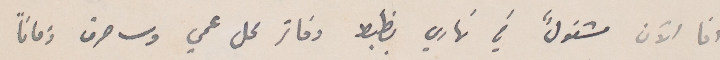
أنا الآن مشغولٌ في بخاري يضبط دفاتر محل عمي وساحرق زمانًا